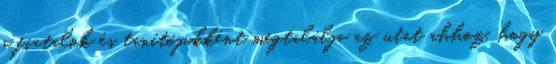
a fiatalok és tanítójukként megtalálja az utat ahhoz, hogy